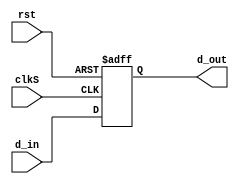
module receiver(clkS,rst,d_in,d_out);
input clkS,rst;
input [7:0] d_in;
output reg [7:0] d_out;

always @(posedge clkS or posedge rst) 
	if(rst) d_out <= 8'b0;
	else d_out <= d_in;

endmodule